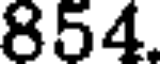
854.